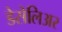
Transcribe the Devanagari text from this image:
डेसेलिअर